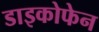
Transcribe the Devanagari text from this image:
डाइकोफेन